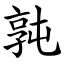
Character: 㝄